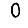
Digit: 0